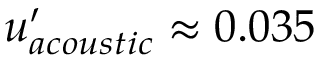
u _ { a c o u s t i c } ^ { \prime } \approx 0 . 0 3 5